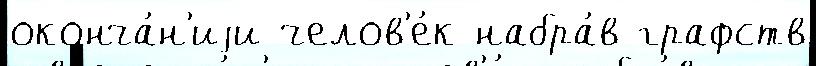
оконча́н'иjи челов'е́к набра́в графств